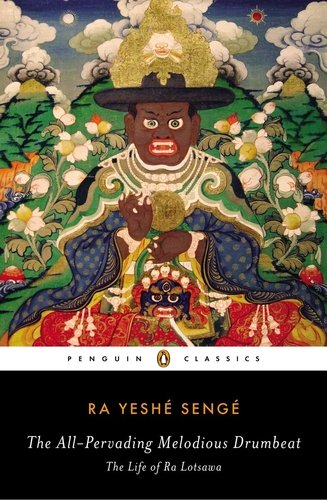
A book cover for The All-Pervading Melodious Drumbeat: The Life of Ra Lotsawa; Ra Yeshe Senge; Religion & Spirituality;